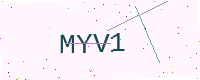
Text: MYV1